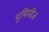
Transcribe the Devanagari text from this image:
यूमिनीज़